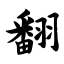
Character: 翻